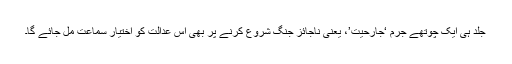
جلد ہی ایک چوتھے جرم ‘جارحیت’، یعنی ناجائز جنگ شروع کرنے پر بھی اس عدالت کو اختیارِ سماعت مل جائے گا۔